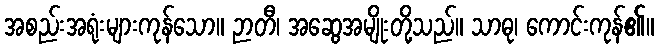
အစည်းအရုံးများကုန်သော။ ဉာတီ၊ အဆွေအမျိုးတို့သည်။ သာဓု၊ ကောင်းကုန်၏။